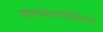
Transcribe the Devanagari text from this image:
माताबालसंगोपन